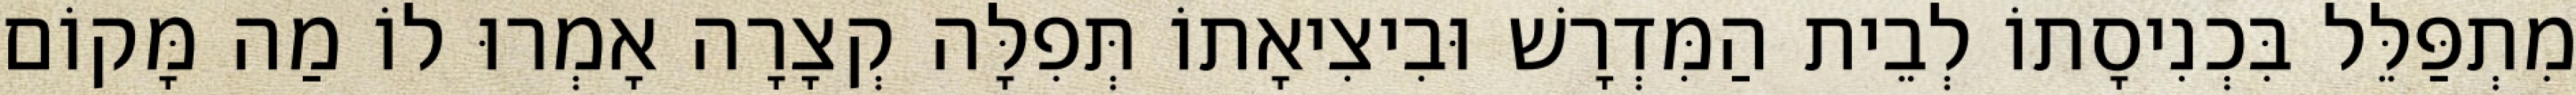
מִתְפַּלֵּל בִּכְנִיסָתוֹ לְבֵית הַמִּדְרָשׁ וּבִיצִיאָתוֹ תְּפִלָּה קְצָרָה אָמְרוּ לוֹ מַה מָּקוֹם